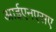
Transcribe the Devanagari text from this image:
आईएनएसए